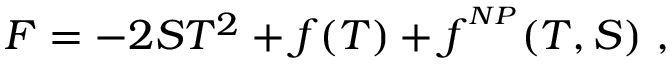
{ F } = - 2 S T ^ { 2 } + f ( T ) + f ^ { ^ { N P } } ( T , S ) \ ,